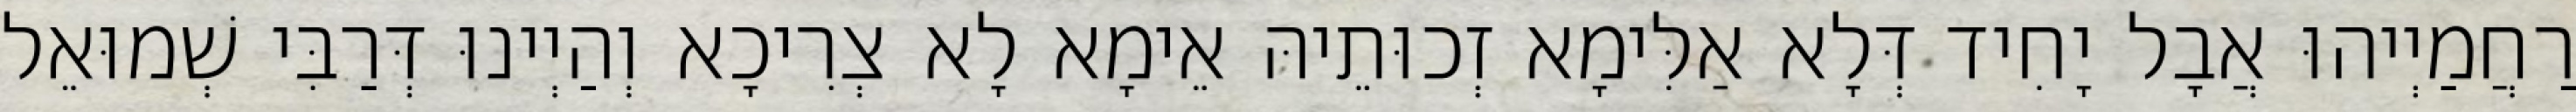
רַחֲמַיְיהוּ אֲבָל יָחִיד דְּלָא אַלִּימָא זְכוּתֵיהּ אֵימָא לָא צְרִיכָא וְהַיְינוּ דְּרַבִּי שְׁמוּאֵל